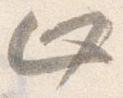
止